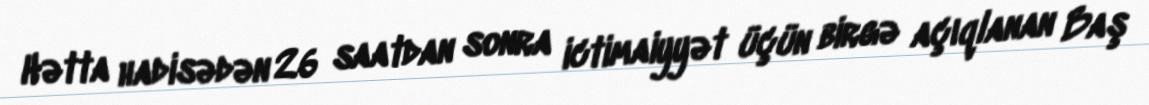
Hətta hadisədən 26 saatdan sonra ictimaiyyət üçün birgə açıqlanan Baş